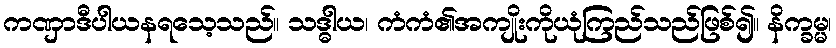
ကဏှာဒီပါယနရသေ့သည်။ သဒ္ဓါယ၊ ကံကံ၏အကျိုးကိုယုံကြည်သည်ဖြစ်၍။ နိက္ခမ္မ၊